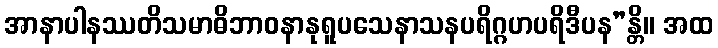
အာနာပါနဿတိသမာဓိဘာဝနာနုရူပသေနာသနပရိဂ္ဂဟပရိဒီပန”န္တိ။ အထ